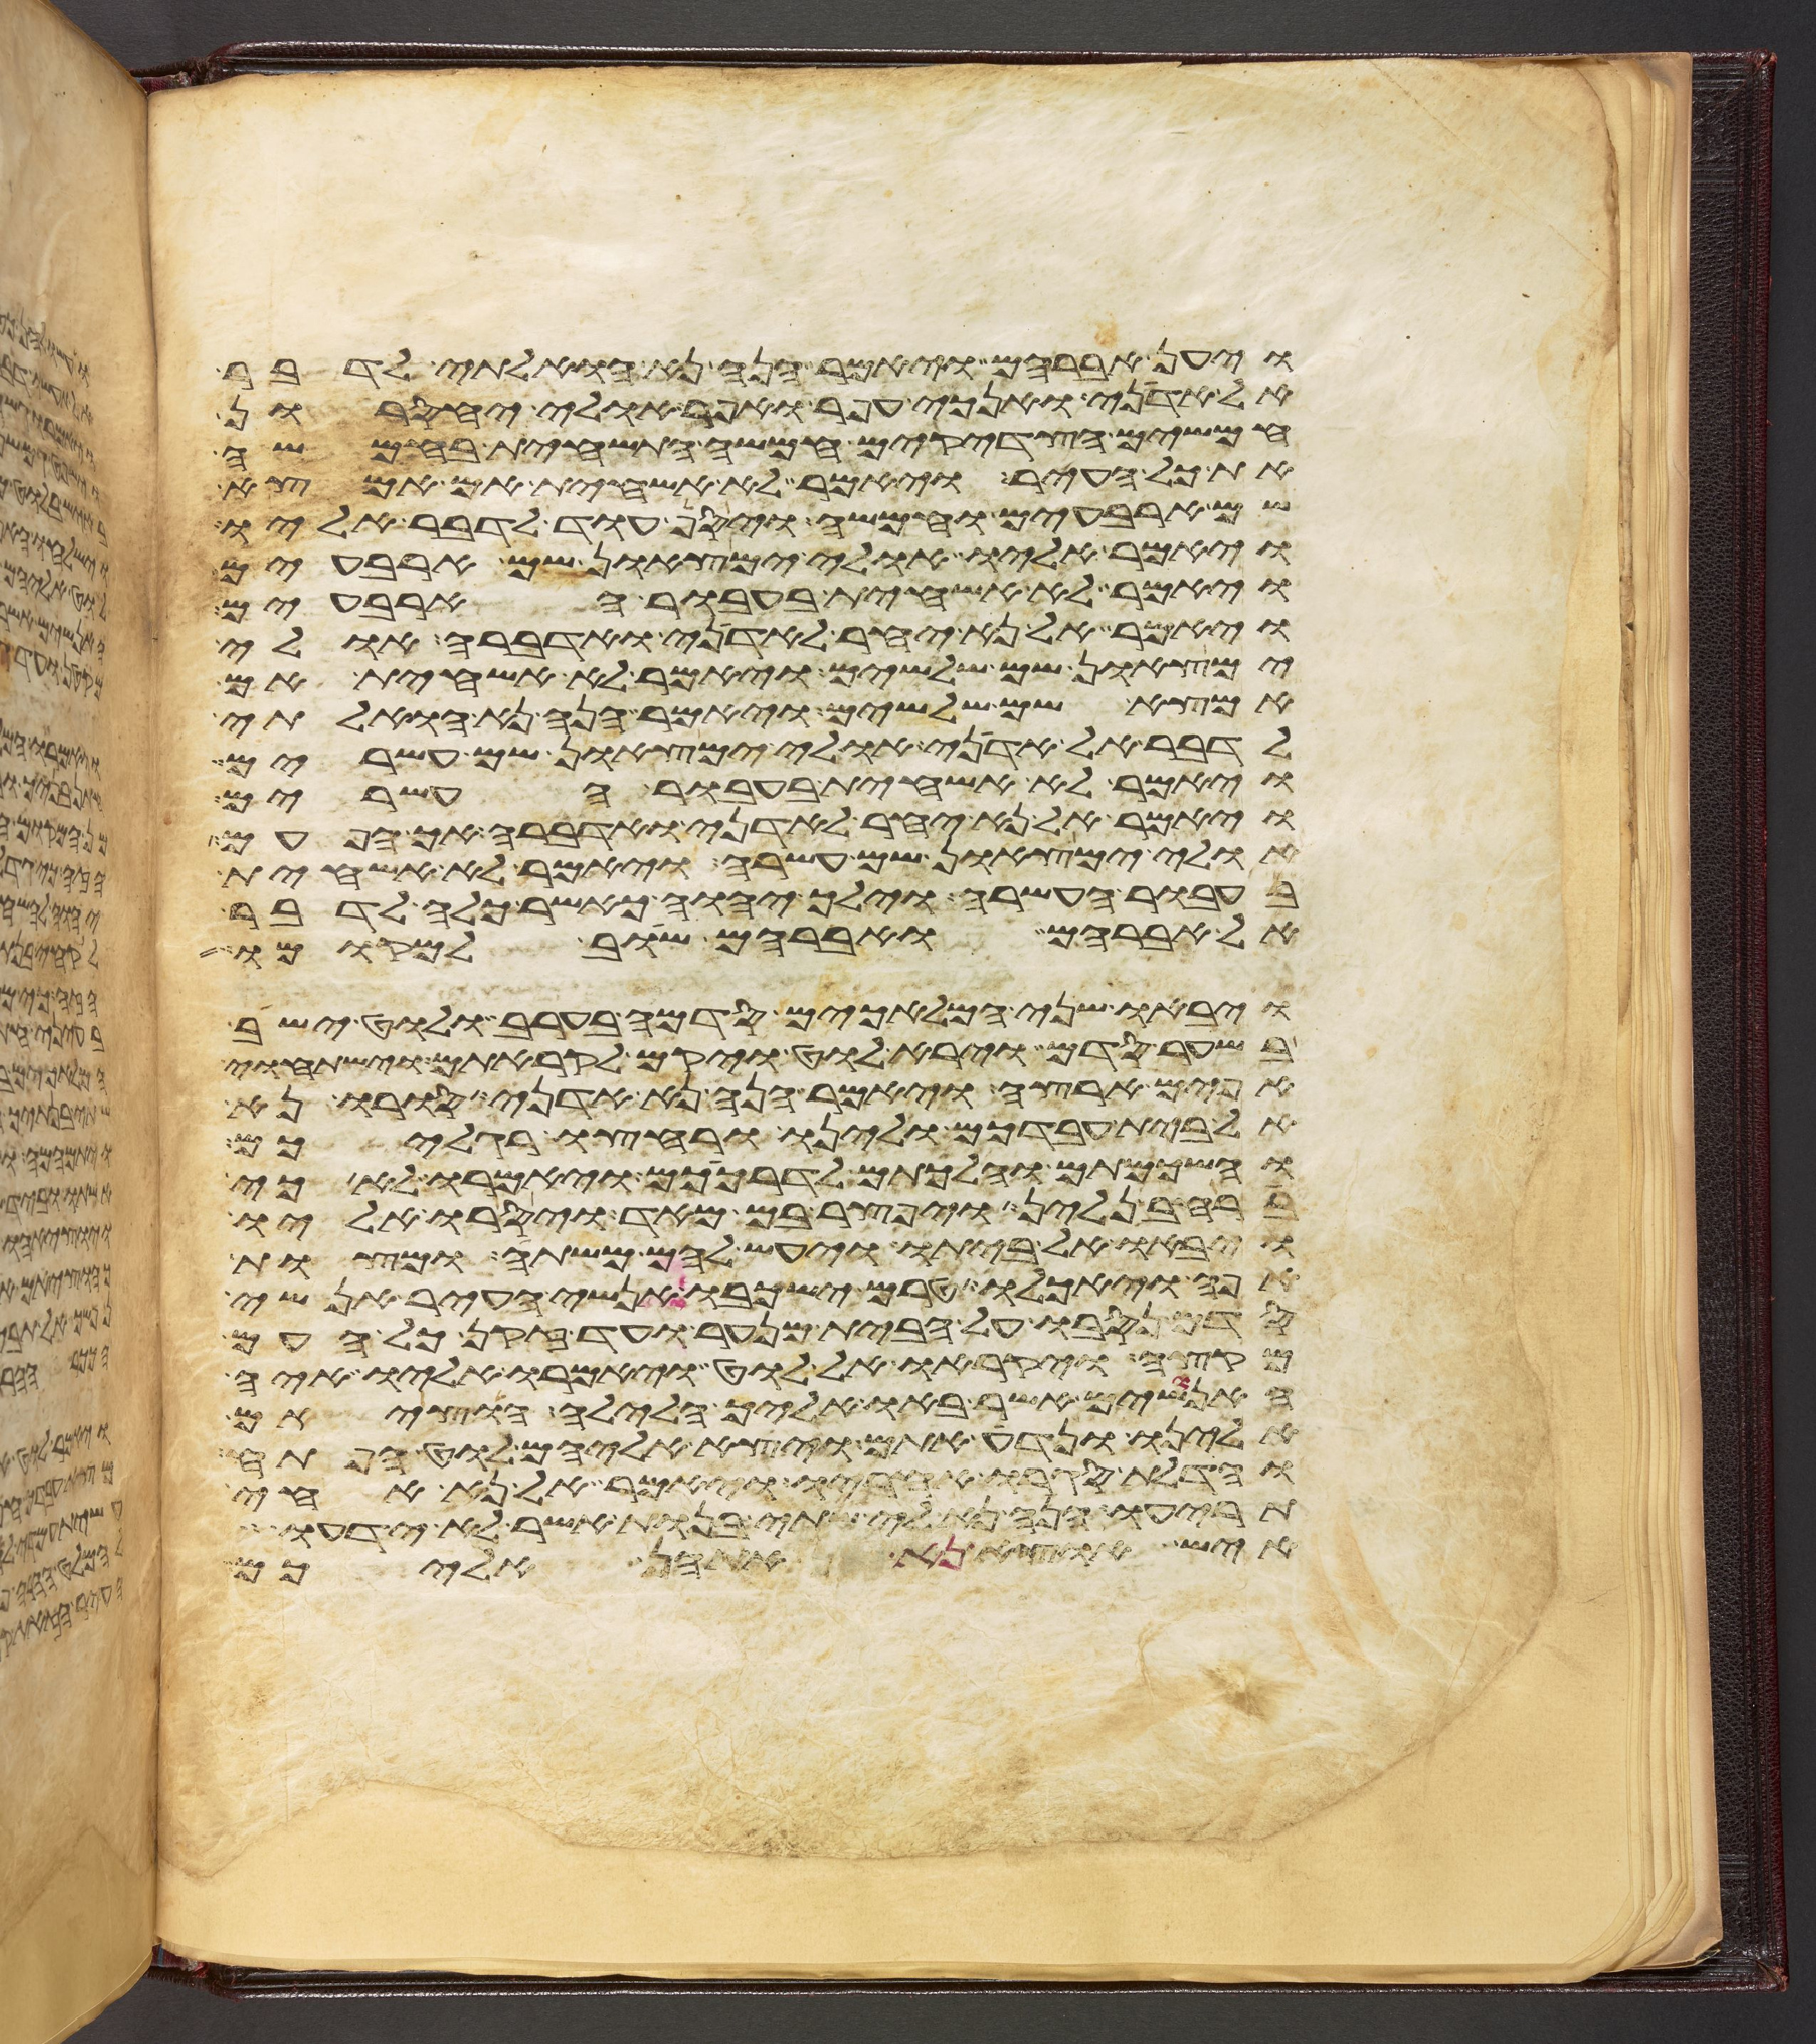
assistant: ויען אברהם ויאמר הנה נא הואלתי לדבר
אל אדני ואנכי עפר ואפר אולי יחסרון
חמשים הצדקים חמשה התשחית בחמשה
את כל העיר ויאמר לא אשחית אם אמצא
שם ארבעים וחמשה ויסף עוד לדבר אליו
ויאמר אליו אולי ימצאון שם ארבעים
ויאמר לא אשחית בעבור הארבעים
ויאמר אל נא יחר לאדני ואדברה אולי
ימצאון שם שלשים ויאמר לא אשחית אם
אמצא שם שלשים ויאמר הנה נא הואלתי
לדבר אל אדני אולי ימצאון שם עשרים
ויאמר לא אשחית בעבור העשרים
ויאמר אל נא יחר לאדני ואדברה אך הפעם
אולי ימצאון שם עשרה ויאמר לא אשחית
בעבור העשרה וילך יהוה כאשר כלה לדבר
אל אברהם ואברהם שב למקומו
ויבאו שני המלאכים סדמה בערב ולוט ישב
בשער סדם וירא לוט ויקם לקראתם וישתחוי
אפים ארצה ויאמר הנה נא אדני סורו נא
אל בית עבדכם ולינו ורחצו רגליכם
והשכמתם והלכתם לדרככם ויאמרו לא כי
ברחב נלין ויפצר בם מאד ויסרו אליו
ויבאו אל ביתו ויעש להם משתה ומצות
אפה ויאכלו טרם ישכבו אנשי העיר אנשי
סדם נסבו על הבית מנער ועד זקן כל העם
מקצה ויקראו אל לוט ויאמרו אליו איה
האנושים אשר באו אליך הלילה הוציאם
אלינו ונדע אתם ויצא אליהם לוט הפתח
והדלת סגרו אחריו ויאמר אל נא אחי
תריעו הנה נא לי שתי בנות אשר לא ידעו
איש הוציא נא אתהן אליכם